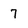
Character: 7